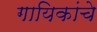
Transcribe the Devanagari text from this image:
गायिकांचे